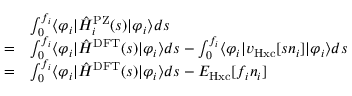
\begin{array} { r l } & { \int _ { 0 } ^ { f _ { i } } \langle \varphi _ { i } | \hat { H } _ { i } ^ { \mathrm { P Z } } ( s ) | \varphi _ { i } \rangle d s } \\ { = } & { \int _ { 0 } ^ { f _ { i } } \langle \varphi _ { i } | \hat { H } ^ { \mathrm { D F T } } ( s ) | \varphi _ { i } \rangle d s - \int _ { 0 } ^ { f _ { i } } \langle \varphi _ { i } | v _ { \mathrm { H x c } } [ s n _ { i } ] | \varphi _ { i } \rangle d s } \\ { = } & { \int _ { 0 } ^ { f _ { i } } \langle \varphi _ { i } | \hat { H } ^ { \mathrm { D F T } } ( s ) | \varphi _ { i } \rangle d s - E _ { \mathrm { H x c } } [ f _ { i } n _ { i } ] } \end{array}